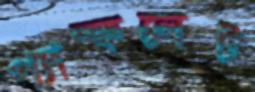
প্যাম্ফলেট